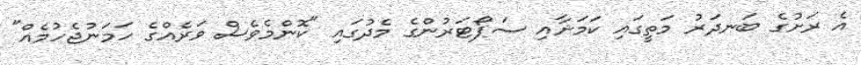
އެ ރަށުގެ ބަނދަރު މަތީގައި ކަމަށާއި ސަޕޯޓަރުންގެ މެދުގައި "ކޮންމެވެސް ވަރެއްގެ ހަމަނުޖެހުމެއް"